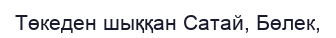
Төкеден шыққан Сатай, Бөлек,